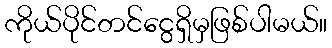
ကိုယ်ပိုင်တင်ငွေရှိမှဖြစ်ပါမယ်။